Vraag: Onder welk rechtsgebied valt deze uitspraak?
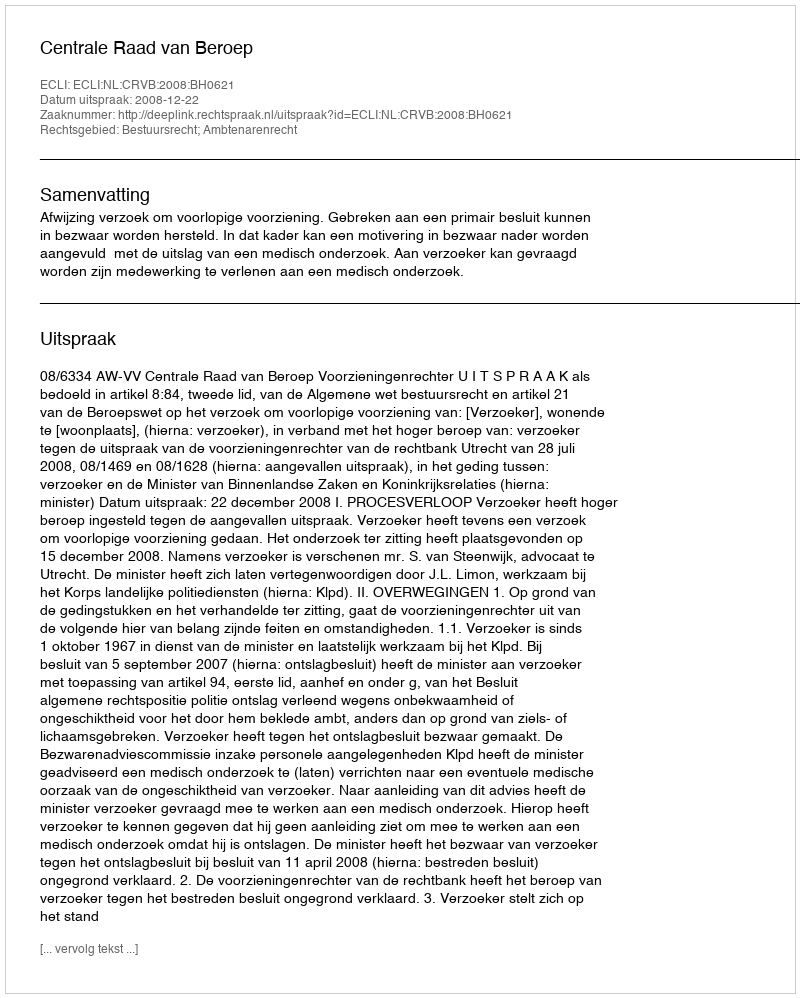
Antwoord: Bestuursrecht; Ambtenarenrecht